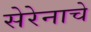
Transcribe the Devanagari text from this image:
सेरेनाचे